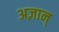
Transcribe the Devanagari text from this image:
अज़ान्